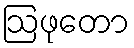
ဩဖုတော